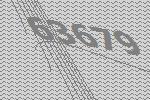
63679